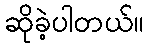
ဆိုခဲ့ပါတယ်။